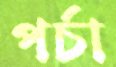
পর্চা